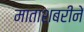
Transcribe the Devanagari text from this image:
माताशबरीने